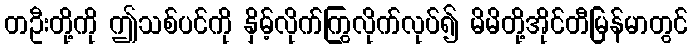
တဦးတို့ကို ဤသစ်ပင်ကို နှိမ့်လိုက်ကြွလိုက်လုပ်၍ မိမိတို့အိုင်တီမြန်မာတွင်